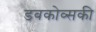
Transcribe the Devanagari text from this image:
डबकोव्सकी